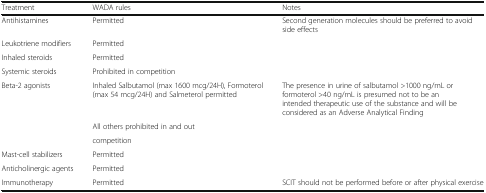
<table><thead><tr><td><b>Treatment</b></td><td><b>WADA rules</b></td><td><b>Notes</b></td></tr></thead><tbody><tr><td>Antihistamines</td><td>Permitted</td><td>Second generation molecules should be preferred to avoid side effects</td></tr><tr><td>Leukotriene modifiers</td><td>Permitted</td><td></td></tr><tr><td>Inhaled steroids</td><td>Permitted</td><td></td></tr><tr><td>Systemic steroids</td><td>Prohibited in competition</td><td></td></tr><tr><td rowspan="3">Beta-2 agonists</td><td>Inhaled Salbutamol (max 1600 mcg/24H), Formoterol (max 54 mcg/24H) and Salmeterol permitted</td><td>The presence in urine of salbutamol &gt;1000 ng/mL or formoterol &gt;40 ng/mL is presumed not to be an intended therapeutic use of the substance and will be considered as an Adverse Analytical Finding</td></tr><tr><td>All others prohibited in and out</td><td></td></tr><tr><td>competition</td><td></td></tr><tr><td>Mast-cell stabilizers</td><td>Permitted</td><td></td></tr><tr><td>Anticholinergic agents</td><td>Permitted</td><td></td></tr><tr><td>Immunotherapy</td><td>Permitted</td><td>SCIT should not be performed before or after physical exercise</td></tr></tbody></table>